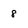
Character: 8